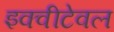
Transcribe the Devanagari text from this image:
इक्वीटेवल